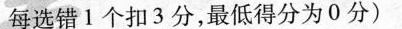
每选错1个扣3分，最低得分为0分)